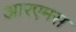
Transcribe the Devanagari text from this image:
आरएमस